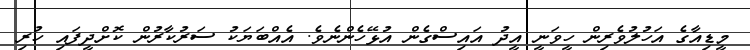
މީޑިއާގެ އަހުލުވެރިން ހީވަނީ އީދު އައިސްގެން އުޅޭހެންނެވެ. އެއްބަޔަކު ސަރުކާރުން ކޮށްދީފައި ހުރި